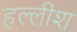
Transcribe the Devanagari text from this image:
हल्लीश